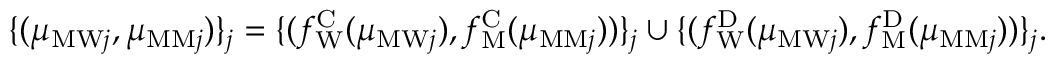
\begin{array} { r } { \{ ( \mu _ { \mathrm { M W } j } , \mu _ { \mathrm { M M } j } ) \} _ { j } = \{ ( f _ { \mathrm { W } } ^ { \mathrm { C } } ( \mu _ { \mathrm { M W } j } ) , f _ { \mathrm { M } } ^ { \mathrm { C } } ( \mu _ { \mathrm { M M } j } ) ) \} _ { j } \cup \{ ( f _ { \mathrm { W } } ^ { \mathrm { D } } ( \mu _ { \mathrm { M W } j } ) , f _ { \mathrm { M } } ^ { \mathrm { D } } ( \mu _ { \mathrm { M M } j } ) ) \} _ { j } . } \end{array}